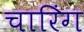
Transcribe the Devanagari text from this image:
चारिंग